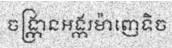
ចង្ក្រានអង្ករម៉ាញេទិច